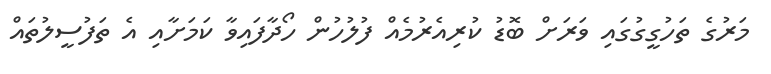
މަރުގެ ތަހުގީގުގައި ވަރަށް ބޮޑު ކުރިއެރުމެއް ފުލުހުން ހޯދާފައިވާ ކަމަށާއި އެ ތަފުސީލުތައް